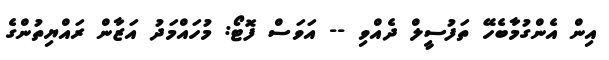
އިން އެންގުމާބެހޭ ތަފުސީލް ދެއްވި -- އަވަސް ފޮޓޯ: މުހައްމަދު އަޒާން ރައްޔިތުންގެ